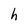
Character: h